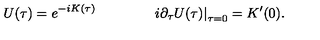
U ( \tau ) = e ^ { - i K ( \tau ) } \qquad \qquad \left. i \partial _ { \tau } U ( \tau ) \right| _ { \tau = 0 } = K ^ { \prime } ( 0 ) .